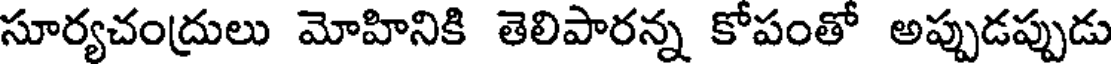
సూర్యచంద్రులు మోహినికి తెలిపారన్న కోపంతో అప్పుడప్పుడు